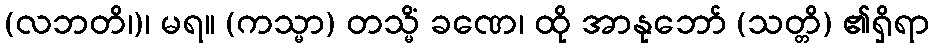
(လဘတိ၊)၊ မရ။ (ကသ္မာ) တသ္မိံ ခဏေ၊ ထို အာနုဘော် (သတ္တိ) ၏ရှိရာ